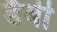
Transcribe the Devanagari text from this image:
डैबी